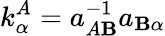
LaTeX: k_{\alpha}^{A}=a_{A\mathbf{B}}^{-1}a_{\mathbf{B}\alpha}